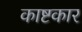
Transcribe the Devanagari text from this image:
काष्टकार